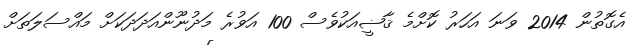
އެގޮތުން 2014 ވަނަ އަހަރު ކޮށްމެ ޤާޟީއަކުވެސް 100 އަވުރެ މަދުނޫންއަދަދަކަށް މައްސަލަތަށް